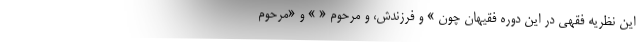
این نظریه فقهی در این دوره فقیهان چون » و فرزندش، و مرحوم « » و «مرحوم